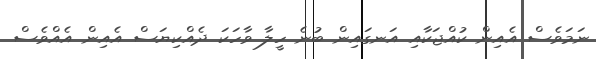
ނަމަވެސް އެއިން ކުއްޖަކާއި އަނގައިން ބުނެ ހީލާ ވާހަކަ ދެއްކިޔަސް އެއިން އެއްވެސް